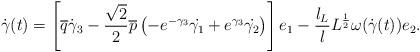
LaTeX: \begin{align*}\dot{\gamma}(t)=\left[\overline{q}\dot{\gamma}_3-\frac{\sqrt{2}}{2}\overline{p}\left(-e^{-\gamma_3}\dot{\gamma_1}+e^{\gamma_3}\dot{\gamma_2}\right)\right]e_1-\frac{l_L}{l}L^{\frac{1}{2}}\omega(\dot{\gamma}(t))e_2.\end{align*}